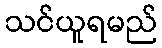
သင်ယူရမည်